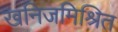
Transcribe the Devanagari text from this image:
खनिजमिश्रित